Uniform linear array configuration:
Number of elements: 12
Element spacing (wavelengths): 0.5
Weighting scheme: binomial
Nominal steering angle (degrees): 0
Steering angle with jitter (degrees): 1.359
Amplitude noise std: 0.05
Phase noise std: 0.05

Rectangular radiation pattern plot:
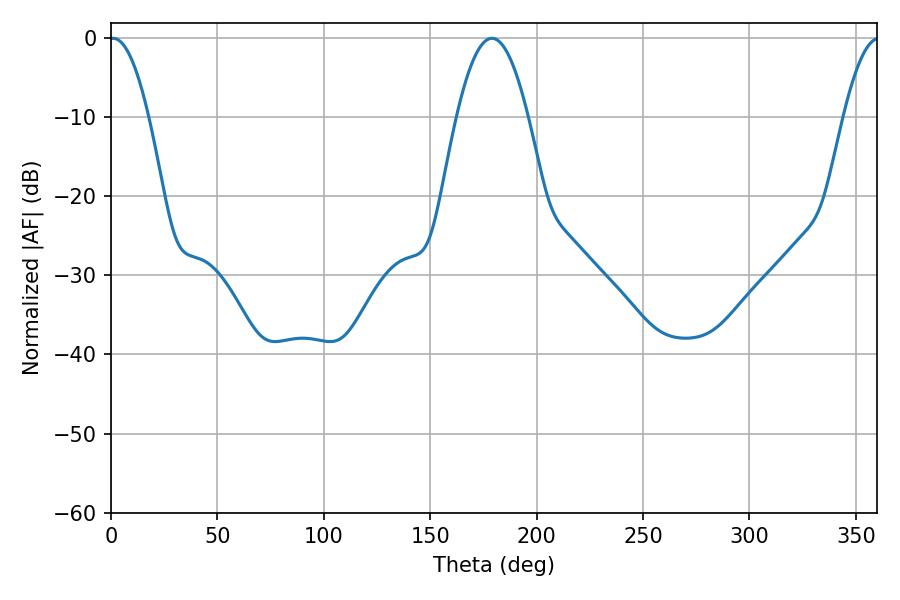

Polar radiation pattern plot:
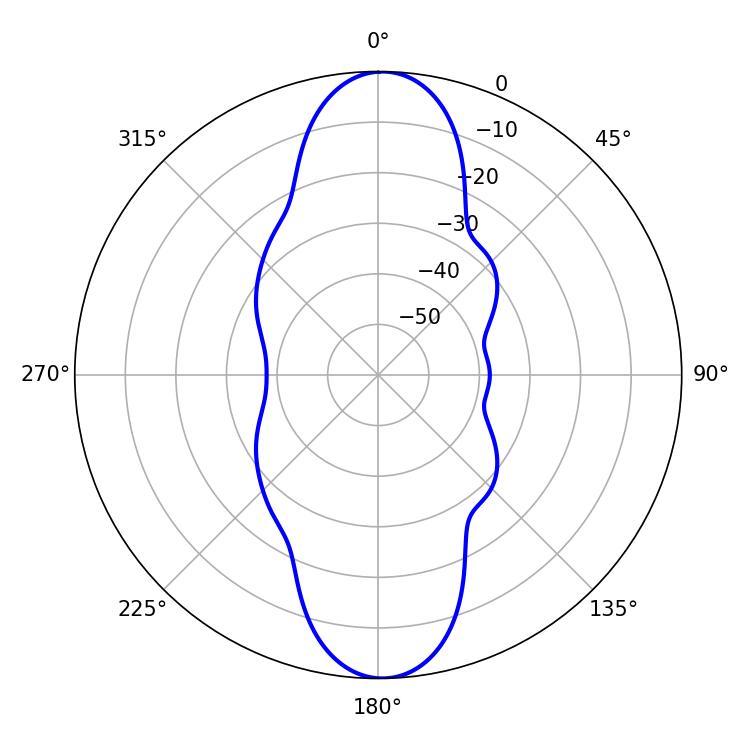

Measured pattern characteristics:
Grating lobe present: FALSE
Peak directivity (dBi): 23.112
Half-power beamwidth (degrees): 10.08
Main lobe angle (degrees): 1.08